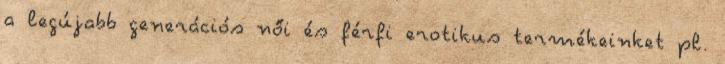
a legújabb generációs női és férfi erotikus termékeinket pl.